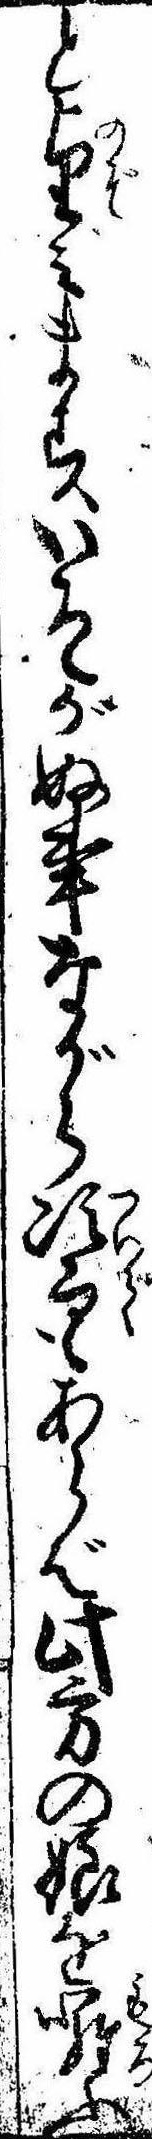
と望みますいそがぬ事ながら次而もあらば此方の娘をふ